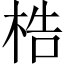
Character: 梏